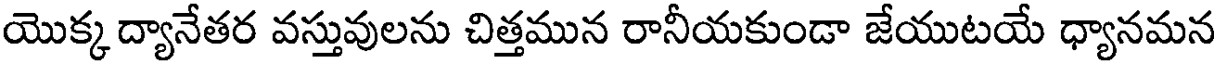
యొక్క ద్యానేతర వస్తువులను చిత్తమున రానీయకుండా జేయుటయే ధ్యానమన